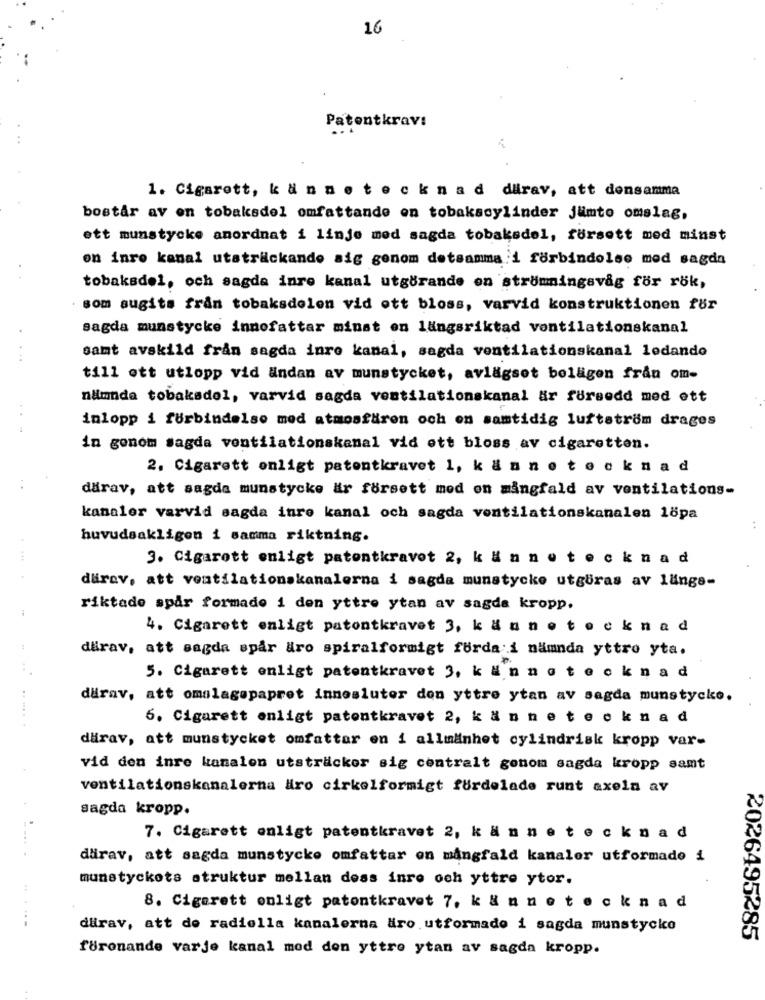
16
Patentkrav:
1. Cigarett, kännete ck nad durav, att densamma
bostår av on tobaksdel omfattande on tobakscylinder jumto omslag,
ett munstycke anordnat i linje med sagda tobaksdel, försett med minst
on inro kanal utsträckando sig genom detsamma:i forbindelse med sagda
tobaksdel, och sagda inre kanal utgörande en strummingsvag for rök,
. som sugits fran tobaksdolon vid ott bloss, varvid konstruktionen för
sagda munstycke innefattar minst en längsriktad ventilationskanal
. ..
samt avskild från sagda inre kanal, sagda ventilationskanal ledando
till ott utlopp vid andan av munstycket, avlägset belägen från om-
nämnda tobaksdel, varvid sagda ventilationskanal är försedd med ett
inlopp i forbindelse med atmosfären och on samtidig luftstrom drages
in genom Jagda ventilationskanal vid ett bloss av cigaretten.
2. Cigarett enligt patentkravet 1, kännete ck nad
därav, att sagda munstycke är försett med on mångfald av ventilations-
kanaler varvid sagda inre kanal och sagda ventilationskanalen 1öpa
huvudsakligen i samma riktning.
3. Cigarott enligt patentkravet 2, kännete ck nad
dürav, att ventilationskanalerna i sagda munstycke utgöras av 1ängs-
riktade spår formado i den yttre ytan av sagde kropp.
4. Cigarett enligt patontkravet 3, kännete ck nad
därav, att sagda spår aro spiralformigt forda i nämnda yttro yta.
5. Cigarett enligt patentkravet 3, känneteck nad
därav, att omslagepapret innesluter don yttre ytan av sagda munstycke.
6. Cigarett enligt patentkravet 2, kännete ck nad
...
därav, att munstycket omfattar en i allmänhet cylindrisk kropp var-
vid den inre kanalen utsträcker sig centralt gonom sagda kropp samt
ventilationskanalerna Hro cirkelformigt fördelade runt axeln av
sagda kropp.
7. Cigarett enligt patentkravet 2, kännetecknad
.....
därav, att sagda munstycke omfattar on mångfald kanaler utformade i
munstyckets struktur mellan dess inro och yttre ytor.
8. Cigarett enligt patontkravet 7. k & n nete ck nad
dürav, att de radiella kanalerna dro utformado i sagda munstycke
2026495285
föronande varje kanal mod den yttre ytan av sagda kropp.